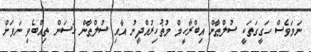
ނަމަވެސް ހަގީގަތަކީ ސުލްޠާން އިބްރާހީމް މުޡުހިރުއްދީނު އާއި ސުލްޠާން ހަސަން ތިއްބެވި ނަވަށް